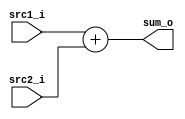
//Subject:     CO project 2 - Adder
//--------------------------------------------------------------------------------
//Version:     1
//--------------------------------------------------------------------------------
//Writer:      
//----------------------------------------------
//Date:        
//----------------------------------------------
//Description: 
//--------------------------------------------------------------------------------
//the adder can be used for program counter
module Adder(
    src1_i,
	src2_i,
	sum_o
	);
     
//I/O ports
input  [32-1:0]  src1_i;
input  [32-1:0]	 src2_i;
output [32-1:0]	 sum_o;

//Internal Signals
wire    [32-1:0]	 sum_o;
assign sum_o=src1_i+src2_i;
//Parameter

//Main function

endmodule